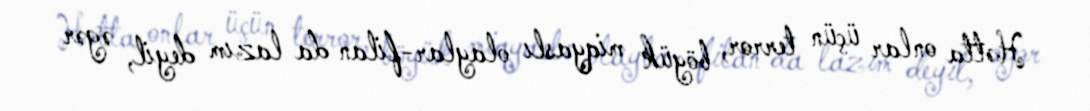
Hətta onlar üçün terror, böyük miqyaslı olaylar-filan da lazım deyil, əgər